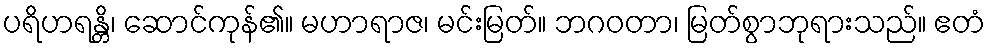
ပရိဟရန္တိ၊ ဆောင်ကုန်၏။ မဟာရာဇ၊ မင်းမြတ်။ ဘဂဝတာ၊ မြတ်စွာဘုရားသည်။ ဧတံ